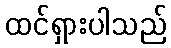
ထင်ရှားပါသည်